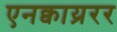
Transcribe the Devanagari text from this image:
एनक्वाय्ररर